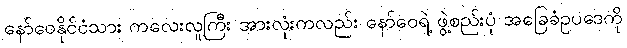
နော်ဝေနိုင်ငံသား ကလေးလူကြီး အားလုံးကလည်း နော်ဝေရဲ့ ဖွဲ့စည်းပုံ အခြေခံဥပဒေကို